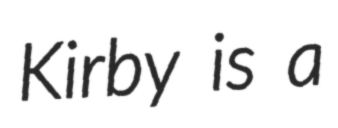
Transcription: Kirby is a